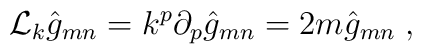
\mathcal{L}_k \hat{g}_{mn}=k^p \partial_p \hat{g}_{mn}=2m\hat{g}_{mn}\; ,